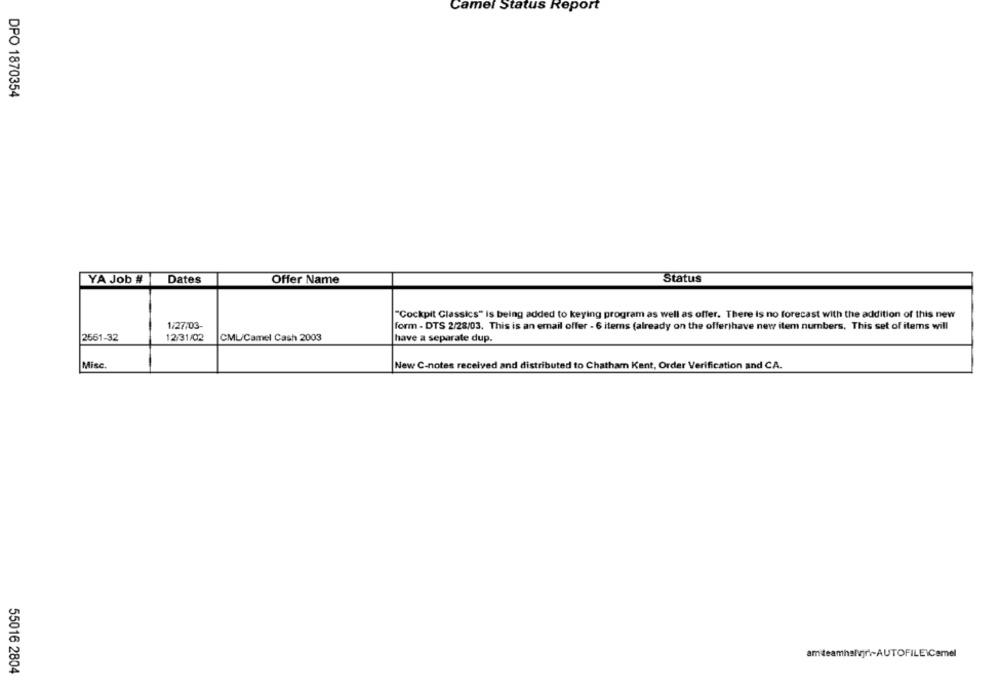
Camel Status Report
DPO 1870354
YA Job #
Dates
Offer Name
Status
"Cockpit Classics" is being added to keying program as well as offer. There Is no forecast with the addition of this new
1/27/03-
form - DTS 2/28/03. This is an email offer - 6 items (already on the offer)have new item numbers, This set of items will
2561-32
12/31/02
CML/Camel Cash 2003
have a separate dup.
Misc.
New C-notes received and distributed to Chatham Kent, Order Verification and CA.
amiteamhalvjr .- AUTOFILE\Camel
55016 2804